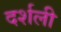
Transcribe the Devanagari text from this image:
दर्शली